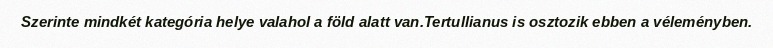
Szerinte mindkét kategória helye valahol a föld alatt van.Tertullianus is osztozik ebben a véleményben.